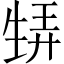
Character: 𤯨